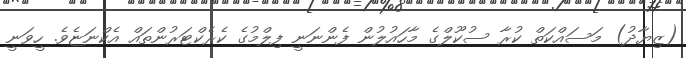
(ޒިޔާދު) މަސައްކަތް ކުރާ ސުކޫލްގެ މާހައުލުން ފެންނަނީ ފިލްމުގެ ކެރެކްޓަރުންތައް އެކްނަޏެވެ. ހީވަނީ